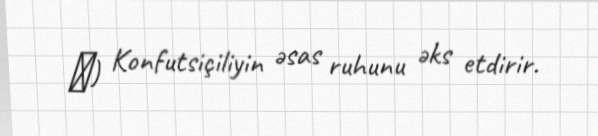
智) Konfutsiçiliyin əsas ruhunu əks etdirir.